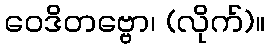
ဝေဒိတဗ္ဗော၊ (လိုက်)။